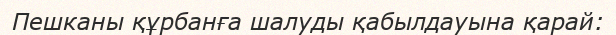
Пешканы құрбанға шалуды қабылдауына қарай: